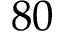
8 0